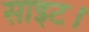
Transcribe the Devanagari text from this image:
साइट।